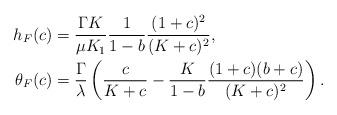
LaTeX: \begin{align*}h_F(c)&=\frac{\Gamma K}{\mu K_1}\frac{1}{1-b}\frac{(1+c)^2}{(K+c)^2},\\\theta_F(c)&=\frac{\Gamma}{\lambda}\left(\frac{c}{K+c}-\frac{K}{1-b}\frac{(1+c)(b+c)}{(K+c)^2}\right).\end{align*}